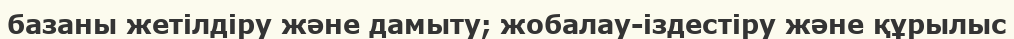
базаны жетілдіру және дамыту; жобалау-іздестіру және құрылыс